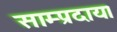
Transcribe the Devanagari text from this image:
साम्प्रदाय।